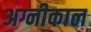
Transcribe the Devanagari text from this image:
अग्नीकाल